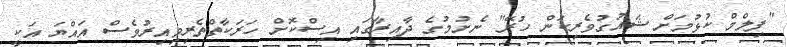
"ފިލްމް ކުޅުމަށް ޝައުގުވެރިކަން ހުރޭ" ނެށުމުގެ ދާއިރާގައި އިސްކޮށް ހަރަކާތްތެރިވިއިރުވެސް އައްޔަ އަކީ